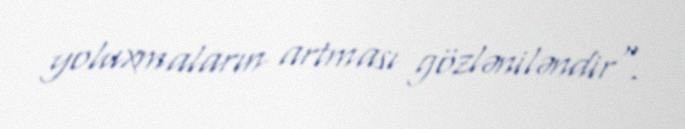
yoluxmaların artması gözləniləndir".